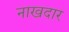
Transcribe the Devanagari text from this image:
नाखदार